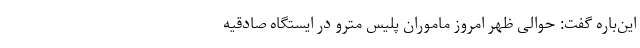
این‌باره گفت: حوالی ظهر امروز ماموران پلیس مترو در ایستگاه صادقیه